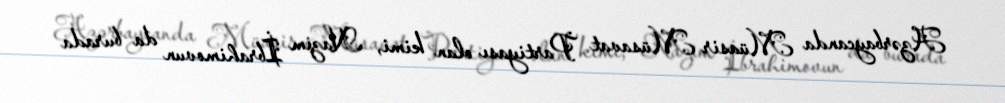
Azərbaycanda Müasir Müsavat Partiyası olan kimi, Nazim İbrahimovun da burada